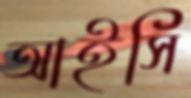
আইসি